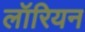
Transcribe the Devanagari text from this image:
लॉरियन